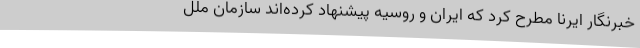
خبرنگار ایرنا مطرح کرد که ایران و روسیه پیشنهاد کرده‌اند سازمان ملل